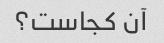
آن کجاست؟